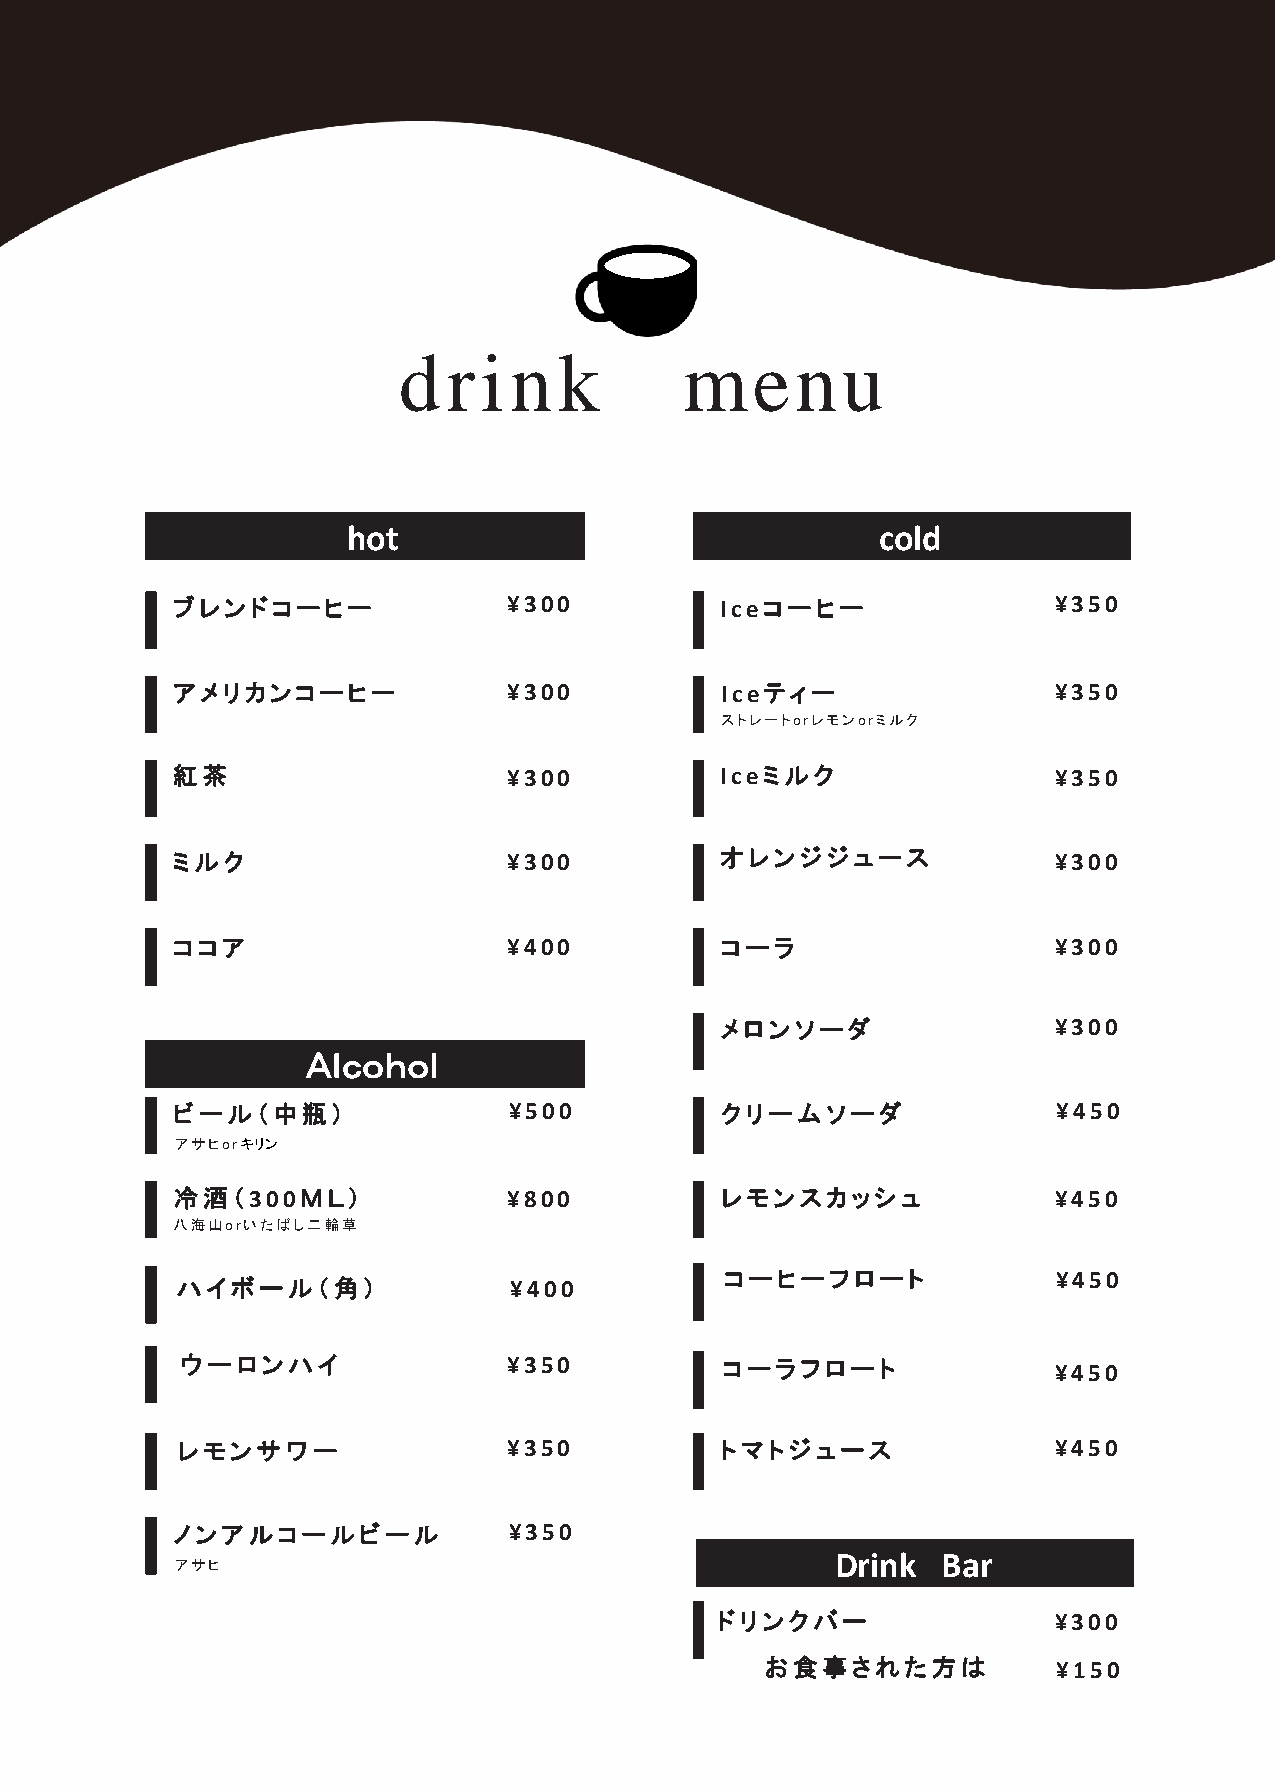
d   rin    k       menu
 hot                                cold
 ブレンドコーヒー               ¥300          Iceコーヒー               ¥350
 アメリカンコーヒー              ¥300          Iceティー                ¥350
 ストレートorレモンorミルク
 紅茶                     ¥300          Iceミルク                ¥350
 ミルク                    ¥300          オレンジジュース              ¥300
 ココア                    ¥400          コーラ                   ¥300
 メロンソーダ                ¥300
 Ａｌｃｏｈｏｌ
 ビール（中瓶）                ¥500          クリームソーダ               ¥450
 アサヒorキリン
 冷酒（300ＭＬ）              ¥800          レモンスカッシュ              ¥450
 八海山orいたばし二輪草
 ハイボール（角）              ¥400          コーヒーフロート              ¥450
 ウーロンハイ                ¥350          コーラフロート               ¥450
 レモンサワー                ¥350          トマトジュース               ¥450
 ノンアルコールビール             ¥350
 Drink  Bar
 アサヒ
 ドリンクバー                 ¥300
 お食事された方は           ¥150